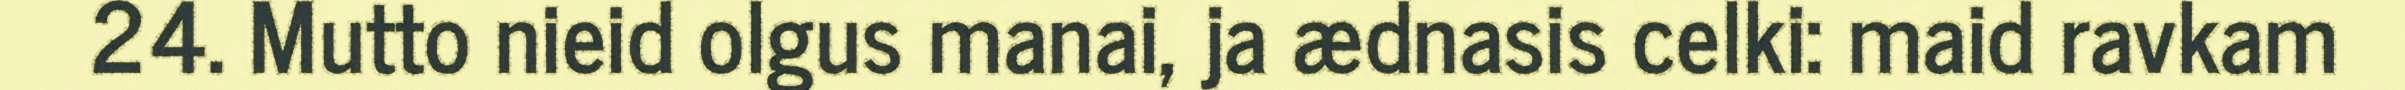
24. Mutto nieid olgus manai, ja ædnasis celki: maid ravkam